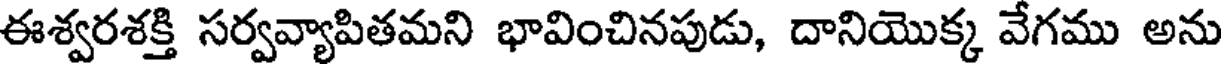
ఈశ్వరశక్తి సర్వవ్యాపితమని భావించినపుడు, దానియొక్క వేగము అను